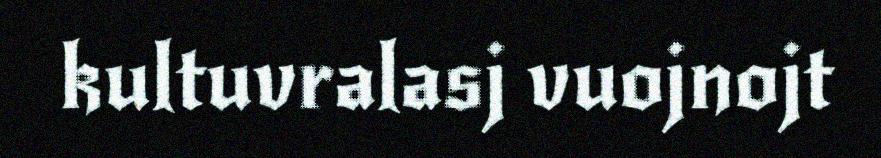
kultuvralasj vuojnojt